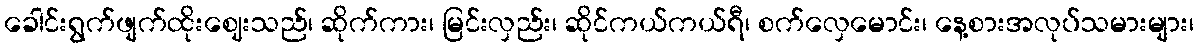
ခေါင်းရွက်ဖျက်ထိုးဈေးသည်၊ ဆိုက်ကား၊ မြင်းလှည်း၊ ဆိုင်ကယ်ကယ်ရီ၊ စက်လှေမောင်း၊ နေ့စားအလုပ်သမားများ၊